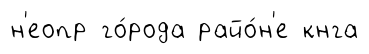
н'еопр го́рода райо́н'е кнга